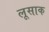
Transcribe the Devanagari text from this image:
लूसाक